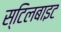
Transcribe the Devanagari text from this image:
स्टिलबाइट